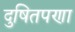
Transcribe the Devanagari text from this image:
दुषितपणा